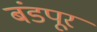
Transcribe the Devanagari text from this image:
बंडपूर